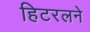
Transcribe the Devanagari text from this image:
हिटरलने